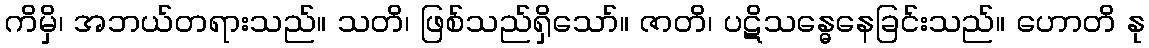
ကိမှိ၊ အဘယ်တရားသည်။ သတိ၊ ဖြစ်သည်ရှိသော်။ ဇာတိ၊ ပဋိသန္ဓေနေခြင်းသည်။ ဟောတိ နု